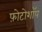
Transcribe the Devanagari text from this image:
फ़ोटोशॉप